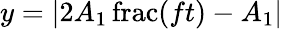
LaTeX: y=\left|2A_{1}\operatorname{frac}(ft)-A_{1}\right|